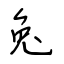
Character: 兔